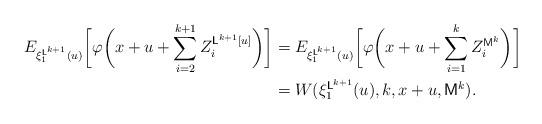
LaTeX: \begin{align*}\begin{aligned}E_{\xi_1^{\mathsf{L}^{k+1}}(u)}\biggl[\varphi\biggl(x+u+\sum_{i=2}^{k+1} Z_i^{\mathsf{L}^{k+1}[u]}\biggr)\biggr]&=E_{\xi_1^{\mathsf{L}^{k+1}}(u)}\biggl[\varphi\biggl(x+u+\sum_{i=1}^{k} Z_i^{\mathsf{M}^{k}}\biggr)\biggr]\\&=W(\xi_1^{\mathsf{L}^{k+1}}(u),k,x+u,\mathsf{M}^{k}).\end{aligned}\end{align*}